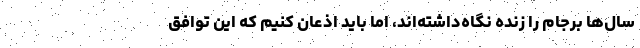
سال‌ها برجام را زنده نگاه‌داشته‌اند، اما باید اذعان کنیم که این توافق